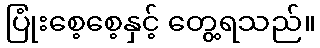
ပြုံးစေ့စေ့နှင့် တွေ့ရသည်။